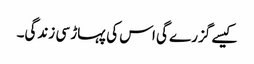
کیسے گزرے گی اس کی پہاڑ سی زندگی۔